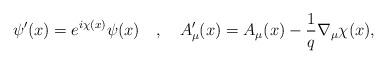
LaTeX: \begin{align*}\psi'(x)=e^{i\chi(x)}\psi(x)\ \ \ ,\ \ \ A'_\mu(x)=A_\mu(x)-\frac{1}{q}\nabla_\mu\chi(x),\end{align*}